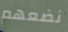
نضعهم